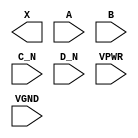
/**
 * Copyright 2020 The SkyWater PDK Authors
 *
 * Licensed under the Apache License, Version 2.0 (the "License");
 * you may not use this file except in compliance with the License.
 * You may obtain a copy of the License at
 *
 *     https://www.apache.org/licenses/LICENSE-2.0
 *
 * Unless required by applicable law or agreed to in writing, software
 * distributed under the License is distributed on an "AS IS" BASIS,
 * WITHOUT WARRANTIES OR CONDITIONS OF ANY KIND, either express or implied.
 * See the License for the specific language governing permissions and
 * limitations under the License.
 *
 * SPDX-License-Identifier: Apache-2.0
 */

`ifndef SKY130_FD_SC_HS__OR4BB_PP_BLACKBOX_V
`define SKY130_FD_SC_HS__OR4BB_PP_BLACKBOX_V

/**
 * or4bb: 4-input OR, first two inputs inverted.
 *
 * Verilog stub definition (black box with power pins).
 *
 * WARNING: This file is autogenerated, do not modify directly!
 */

`timescale 1ns / 1ps
`default_nettype none

(* blackbox *)
module sky130_fd_sc_hs__or4bb (
    X   ,
    A   ,
    B   ,
    C_N ,
    D_N ,
    VPWR,
    VGND
);

    output X   ;
    input  A   ;
    input  B   ;
    input  C_N ;
    input  D_N ;
    input  VPWR;
    input  VGND;
endmodule

`default_nettype wire
`endif  // SKY130_FD_SC_HS__OR4BB_PP_BLACKBOX_V